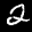
Label: 2